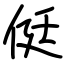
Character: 侹